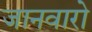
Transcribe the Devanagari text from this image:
जानवारो